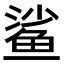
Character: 鲨